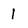
Character: 1